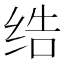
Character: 𱺞